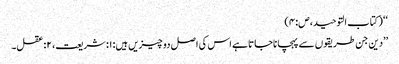
‘‘ (کتاب التوحید،ص:۴)
’’دین جن طریقوں سے پہچاناجاتا ہے اس کی اصل دو چیزیں ہیں: ۱:شریعت، ۲:عقل۔